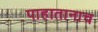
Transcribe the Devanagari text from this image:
पाहातानाच